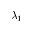
\lambda _ { 1 }